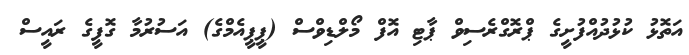
އަތޮޅު ކުޅުދުއްފުށީގެ ޕްރޮގްރެސިވް ޕާޓި އޮފް މޯލްޑިވްސް (ޕީޕީއެމްގެ) އަސުރުމާ ގޮފީގެ ރައީސް